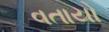
વતાયો